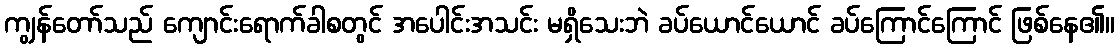
ကျွန်တော်သည် ကျောင်းရောက်ခါစတွင် အပေါင်းအသင်း မရှိသေးဘဲ ခပ်ယောင်ယောင် ခပ်ကြောင်ကြောင် ဖြစ်နေ၏။